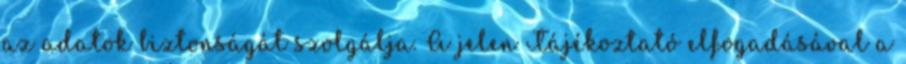
az adatok biztonságát szolgálja. A jelen Tájékoztató elfogadásával a